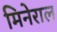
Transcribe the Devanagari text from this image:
मिनेराल